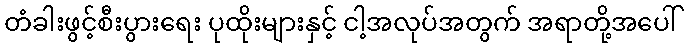
တံခါးဖွင့်စီးပွားရေး ပုထိုးများနှင့် ငါ့အလုပ်အတွက် အရာတို့အပေါ်